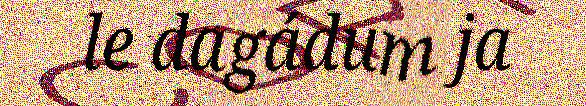
le dagádum ja